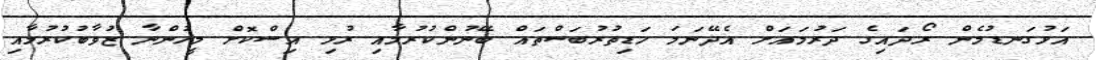
އަޅުގަނޑުމެން ރޯދައިގެ ދަރުމައަށް އެދޭނަމަ ހަޑިތުރުބަސްތައް ބޭނުންކުރުމާއި ރުޅި އިސްކޮށް މީހުންނާ ޒުވާބުކުރުމާއި